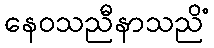
နေဝသညီနာသညိံ